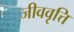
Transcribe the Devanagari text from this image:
जीववृत्ति